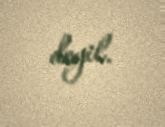
deyil.